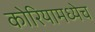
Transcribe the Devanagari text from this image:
कोरियामध्येच